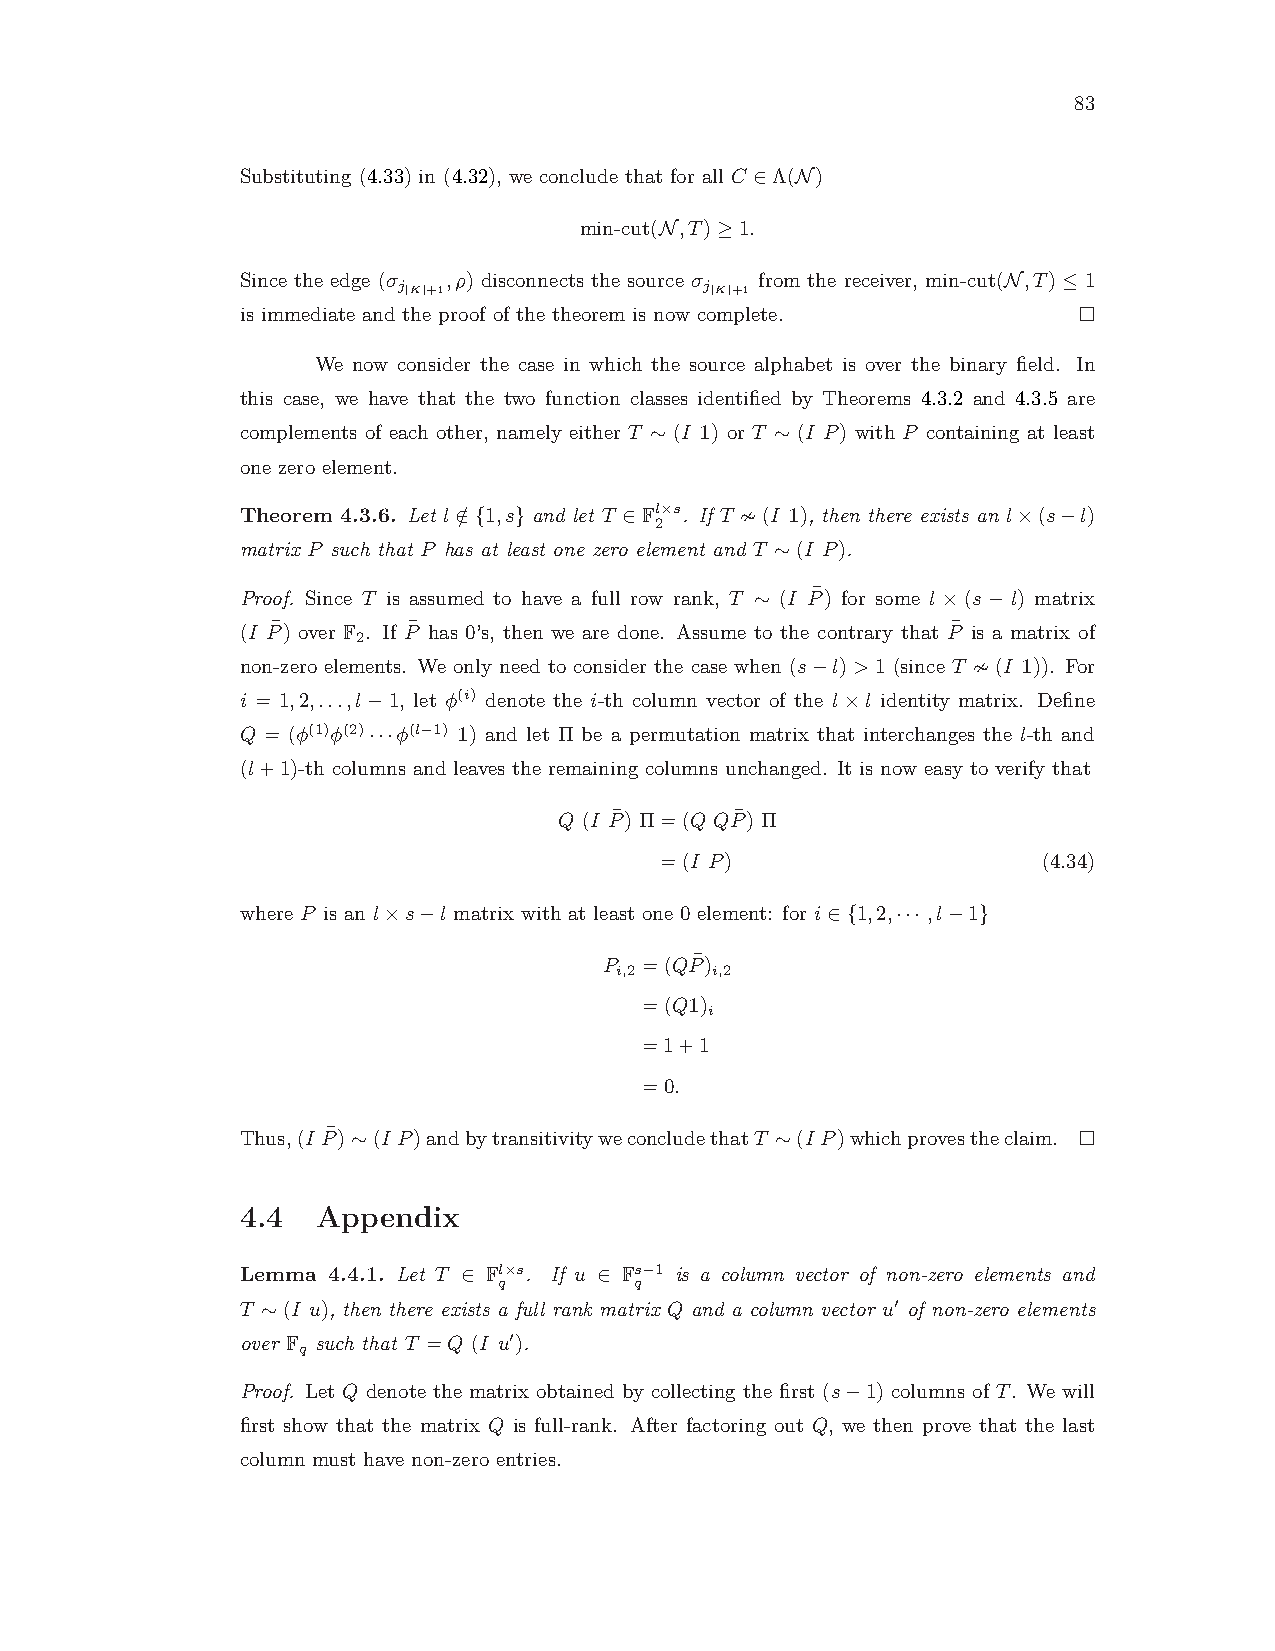
83
 Substituting (4.33) in (4.32), we conclude that for all C ∈Λ(N)
 min-cut(N,T)≥1.
 Since the edge (σ ,ρ) disconnects the source σ from the receiver, min-cut(N,T)≤1
 j|K|+1               j|K|+1
 is immediate and the proof of the theorem is now complete.
 We now consider the case in which the source alphabet is over the binary field. In
 this case, we have that the two function classes identified by Theorems 4.3.2 and 4.3.5 are
 complements of each other, namely either T ∼ (I 1) or T ∼ (I P) with P containing at least
 one zero element.
 Theorem 4.3.6. Let l∈/ {1,s} and let T ∈Fl×s. If T ≁(I 1), then there exists an l×(s−l)
 2
 matrix P such that P has at least one zero element and T ∼(I P).
 Proof. Since T is assumed to have a full row rank, T ∼ (I P¯) for some l ×(s−l) matrix
 (I P¯) over F . If P¯ has 0’s, then we are done. Assume to the contrary that P¯ is a matrix of
 2
 non-zero elements. We only need to consider the case when (s−l)>1 (since T ≁(I 1)). For
 i = 1,2,...,l−1, let φ(i) denote the i-th column vector of the l×l identity matrix. Define
 Q = (φ(1)φ(2)···φ(l−1) 1) and let Π be a permutation matrix that interchanges the l-th and
 (l+1)-th columns and leaves the remaining columns unchanged. It is now easy to verify that
 Q (I P¯) Π=(Q QP¯) Π
 =(I P)                   (4.34)
 where P is an l×s−l matrix with at least one 0 element: for i∈{1,2,··· ,l−1}
 P =(QP¯)
 i,2   i,2
 =(Q1)
 i
 =1+1
 =0.
 Thus,(I P¯)∼(I P)andbytransitivityweconcludethatT ∼(I P)whichprovestheclaim.
 4.4  Appendix
 Lemma 4.4.1. Let T ∈ Fl×s. If u ∈ Fs−1 is a column vector of non-zero elements and
 q        q
 T ∼(I u), then there exists a full rank matrix Q and a column vector u′ of non-zero elements
 over F such that T =Q (I u′).
 q
 Proof. Let Q denote the matrix obtained by collecting the first (s−1) columns of T. We will
 first show that the matrix Q is full-rank. After factoring out Q, we then prove that the last
 column must have non-zero entries.